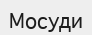
Мосуди